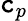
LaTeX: \mathtt{c}_{p}